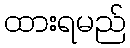
ထားရမည်